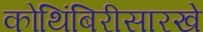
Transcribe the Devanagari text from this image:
कोथिंबिरीसारखे